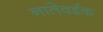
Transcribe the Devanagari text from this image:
नातेवईक